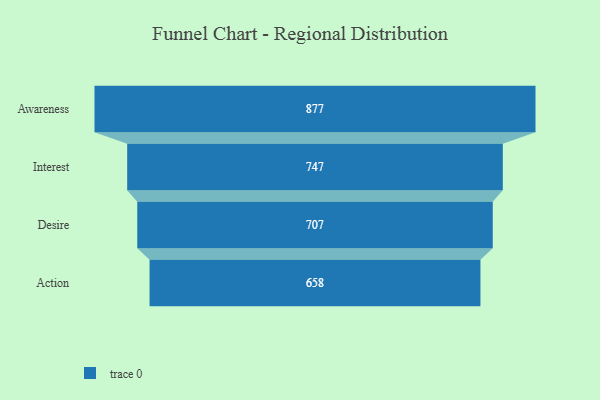
{"axis": {"x": "Stage", "y": "Value"}, "legend": [""], "data": [{"x": "Awareness", "y": 877.0, "type": ""}, {"x": "Interest", "y": 747.0, "type": ""}, {"x": "Desire", "y": 707.0, "type": ""}, {"x": "Action", "y": 658.0, "type": ""}]}